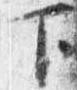
下